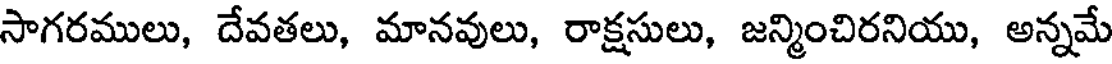
సాగరములు, దేవతలు, మానవులు, రాక్షసులు, జన్మించిరనియు, అన్నమే